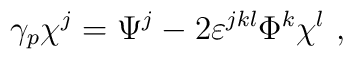
\gamma_p \chi^j= \Psi^j -2\varepsilon^{jkl}\Phi^k \chi^l~,